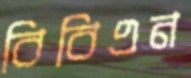
বিবিএন